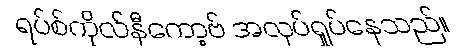
ရပ်စ်ကိုလ်နီကော့ဗ် အလုပ်ရှုပ်နေသည်။